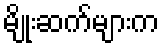
မျိုးဆက်များက